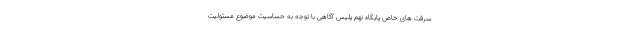
سرقت های خاص پایگاه نهم پلیس آگاهی با توجه به حساسیت موضوع مسئولیت